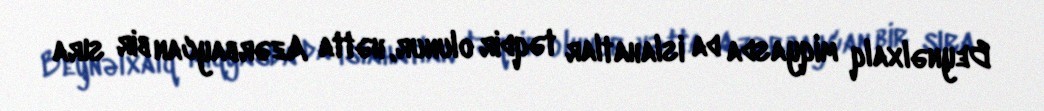
Beynəlxalq miqyasda da islahatlar təqdir olunur, hətta Azərbaycan bir sıra